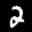
Label: 2